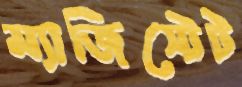
ম্যাজিস্টেট